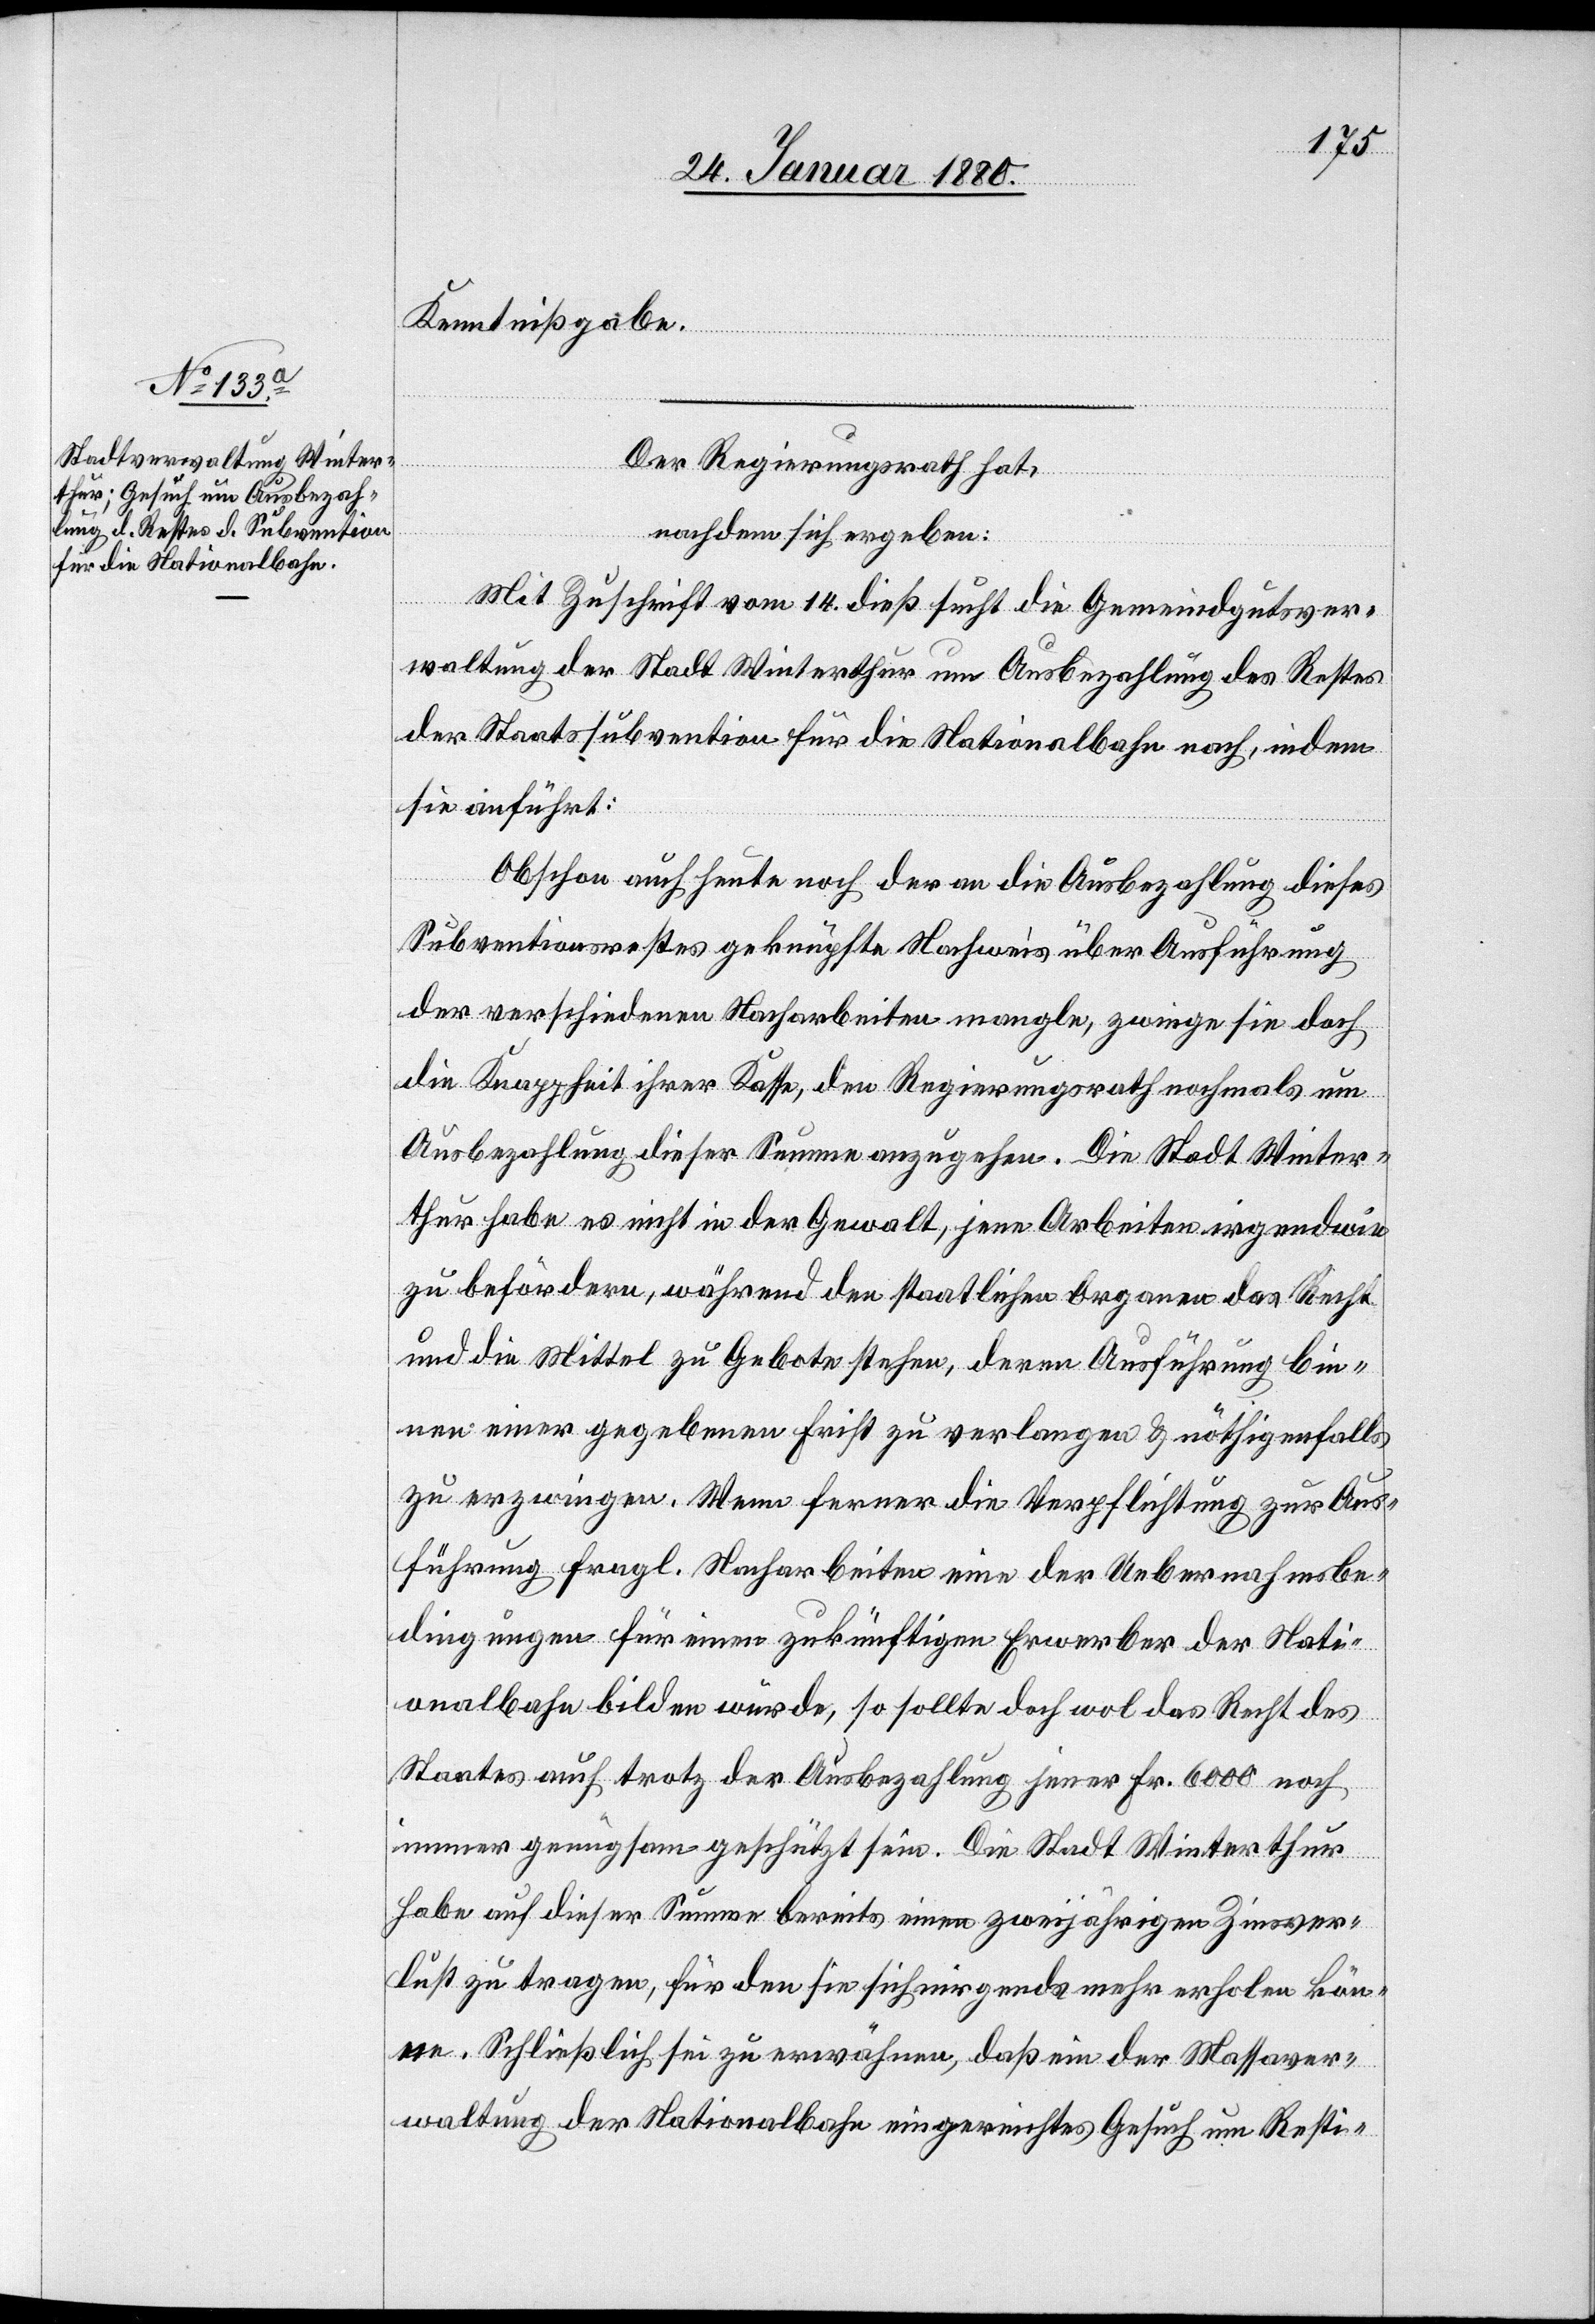
Kenntnißgabe.
Der Regierungsrath hat,
nachdem sich ergeben:
Mit Zuschrift vom 14. dieß sucht die Gemeindgutsver¬
waltung der Stadt Winterthur um Ausbezahlung des Restes
der Staatssubvention für die Nationalbank nach, indem
sie anführt:
Obschon auch heute noch der an die Ausbezahlung dieses
Subventionsrestes geknüpfte Nachweis über Ausführung
der verschiedenen Nacharbeiten mangle, zwinge sie doch
die Knappheit ihrer Kasse, den Regierungsrath nochmals um
Ausbezahlung dieser Summe anzugehen. Die Stadt Winter¬
thur habe es nicht in der Gewalt, jene Arbeiten irgendwie
zu befördern, während den staatlichen Organen das Recht
und die Mittel zu Gebote stehen, deren Ausführung bin¬
nen einer gegebenen Frist zu verlangen & nöthigenfalls
zu erzwingen. Wenn ferner die Verpflichtung zur Aus¬
führung fragl. Nacharbeiten eine der Uebernahmsbe¬
dingungen für einen zukünftigen Erwerber der Nati¬
onalbahn bilden würde, so sollte doch wol das Recht das
Staates auch trotz der Ausbezahlung jener Fr. 6000 noch
immer genügsam geschützt sein. Die Stadt Winterthur
habe auf dieser Summe bereits einen zweijährigen Zinsver¬
lust zu tragen, für den sie sich nirgends mehr erholen kön¬
ne. Schließlich sei zu erwähnen, daß ein der Massaver¬
waltung der Nationalbahn eingereichtes Gesuch um Resti-